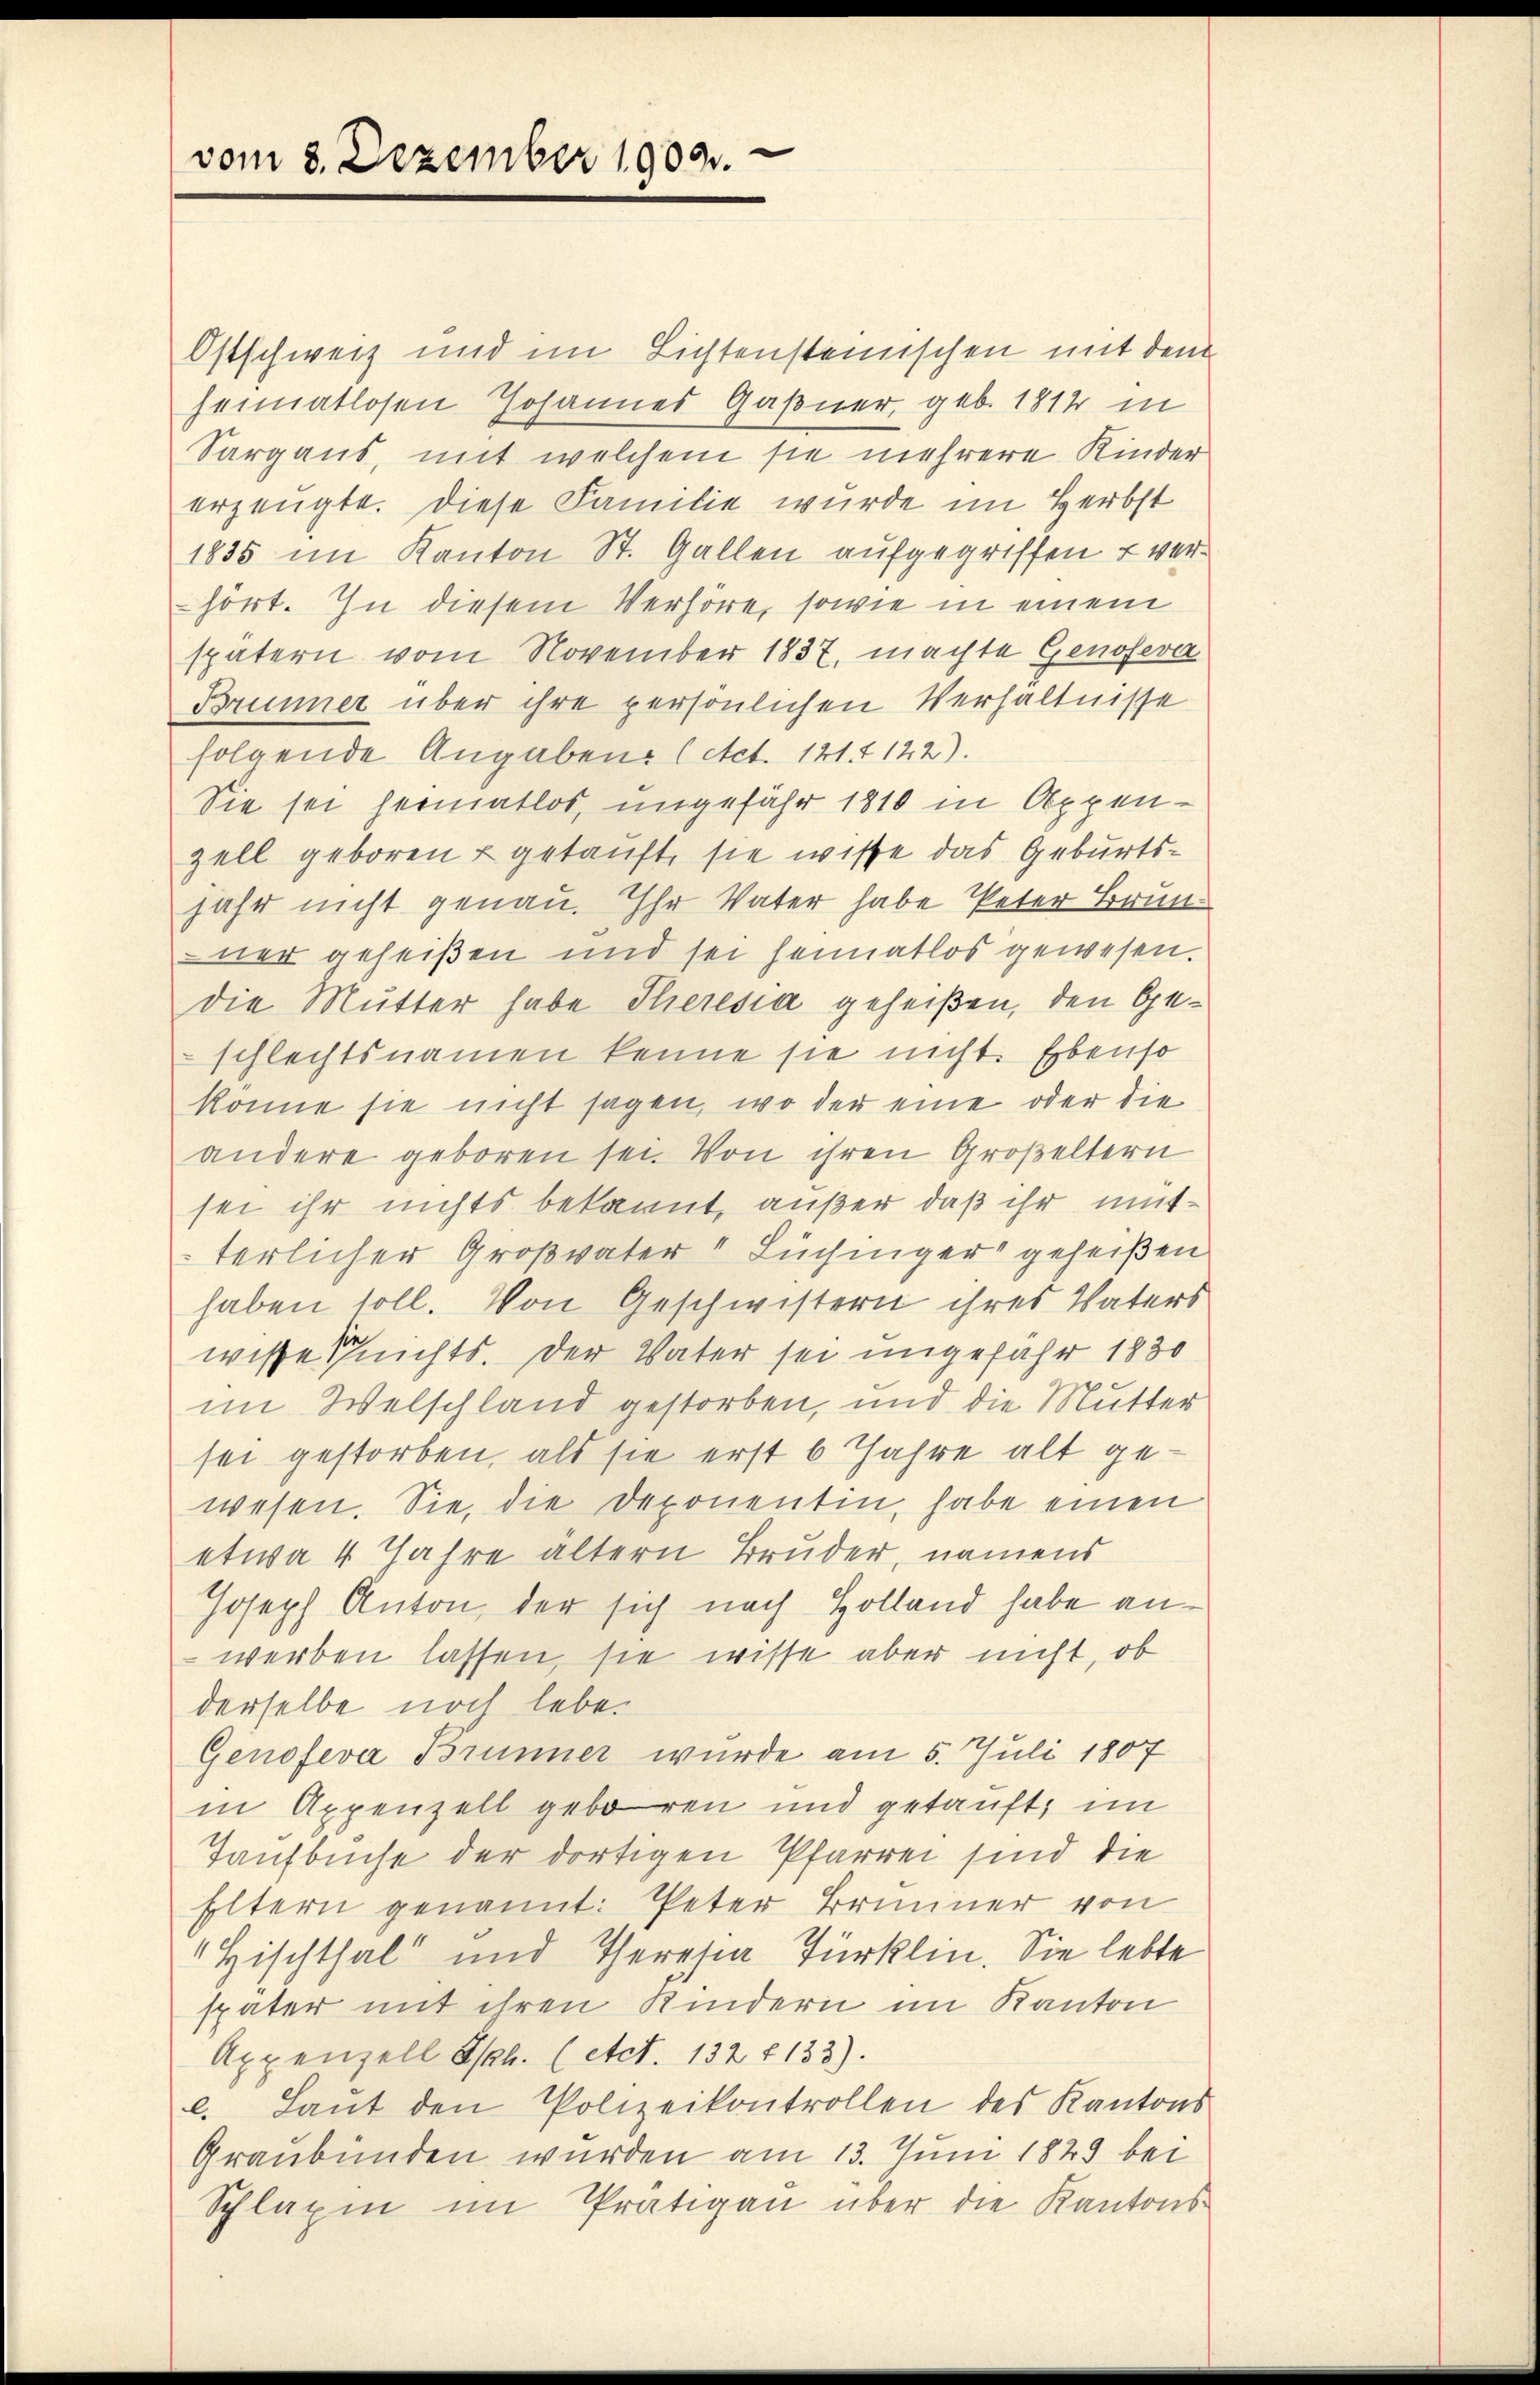
vom 8. Dezember 1909.

Ostschweiz und im Lichtensteinischen mit dem
heimatlosen Johannes Gaßner, geb. 1814 in
Sargaus, mit welchem sie mehrere Kinder
erzeugte. Diese Familie wurde im Herbst
1835 im Kanton St. Gallen aufgegriffen u verhört. In diesem Verhöre, sowie in einem
spätern vom November 1837, machte Genoseve
Brunner über ihre persönlichen Verhältnisse
folgende Angaben (Act. 121. 142).
Sie sei heimatlos, ungefähr 1810 in Appen-
zell geboren u getauft, sie wisse das Geburtsjahr nicht genau. Ihr Vater habe Peter Brunner geheißen und sei heimatlos gewesen.
die Mutter habe Theresia geheißen, den Geschlechtsnamen kenne sie nicht. Ebenso
könne sie nicht sagen, wo der eine oder die
andere geboren sei. Von ihren Großeltern
sei ihr nichts bekannt, außer, daß ihr mütterlicher Großvater " Lüchinger geheißen
haben soll. Von Geschwistern ihres Vaters
wisse sich nichts. Der Vater sei ungefahr 1830
im Welschland gestorben, und die Mutter
sei gestorben, als sie erst 6 Jahre alt gewesen. Sie, die Deponenten, habe einen
etwa 4 Jahre ältern Bruder, namens
Joseph Anton, der sich nach Holland habe anwerben lassen, sie wisse aber nicht, ob
derselbe noch lebe.
Genofeva Brunner wurde am 5. Juli 1807
in Appenzell geboren und getauft, im
Taufbuche der dortigen Pfarrer sind die
Eltern genannt: Peter Brunner von
 Hischthal“ und Theresia Türklin. Sie lebte
spater mit ihren Kindern im Kanton
Appenzell Iskl. (Act. 132 f 133).
l. Laŭt den Polizeikontrollen des Kantons
Graubünden wurden am 13. Juni 1829 bei
Splügen im Prätigen über die Kantons¬